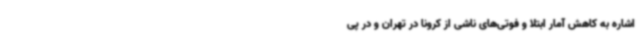
اشاره به کاهش آمار ابتلا و فوتی‌های ناشی از کرونا در تهران و در پی